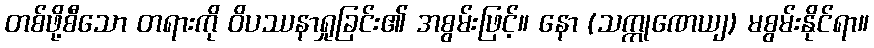
တစ်ဖို့စီသော တရားကို ဝိပဿနာရှုခြင်း၏ အစွမ်းဖြင့်။ နော (သက္ကုဏေယျ) မစွမ်းနိုင်ရာ။